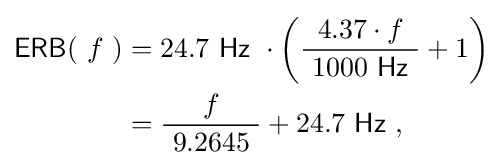
{\begin{aligned}\operatorname {\mathsf {ERB}} (\ f\ )&=24.7\ {\mathsf {Hz}}\ \cdot \left({\frac {4.37\cdot f}{\ 1000\ {\mathsf {Hz}}\ }}+1\right)\\&={\frac {f}{\ 9.2645\ }}+24.7\ {\mathsf {Hz}}\ ,\end{aligned}}